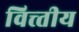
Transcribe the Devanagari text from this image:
वित्त्तीय